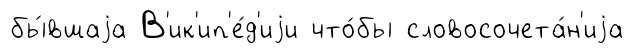
бы́вшаjа В'ик'ип'е́д'иjи что́бы словосочета́н'иjа